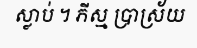
ស្លាប់ ។ ភីស្ម ប្រាស្រ័យ